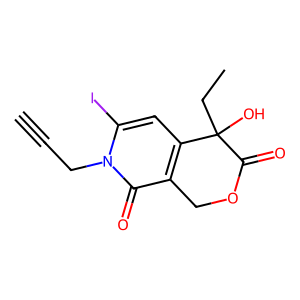
SMILES: C#CCn1c(I)cc2c(c1=O)COC(=O)C2(O)CC
Inhibits HIV replication: No